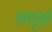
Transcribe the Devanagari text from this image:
लागूंशी